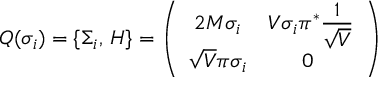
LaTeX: { \cal Q } ( \sigma _ { i } ) = \{ \Sigma _ { i } , \, H \} = \left( \begin{array} { c c } { { 2 M \sigma _ { i } } } & { { V \sigma _ { i } \pi ^ { * } \frac { \textstyle 1 } { \textstyle \sqrt { V } } } } \\ { { \sqrt { V } \pi \sigma _ { i } } } & { { 0 ~ } } \end{array} \right)